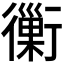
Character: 𧘀